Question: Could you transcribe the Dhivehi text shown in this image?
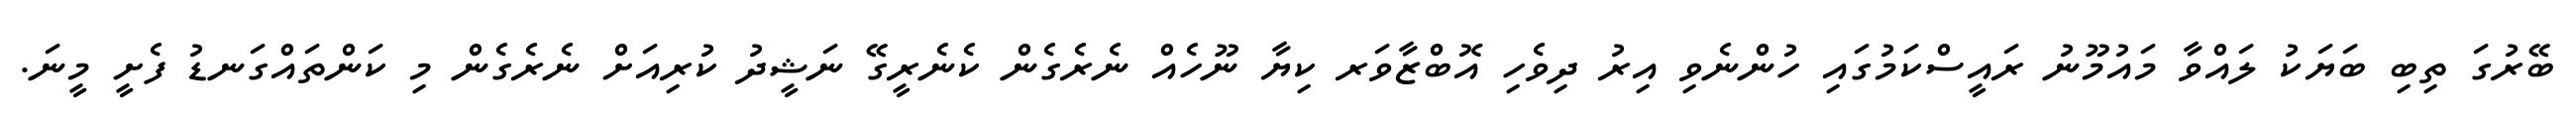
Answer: ބޭރުގަ ތިބި ބަޔަކު ލައްވާ މައުމޫނު ރައީސްކަމުގައި ހުންނެވި އިރު ދިވެހި އޮބްޒާވަރ ކިޔާ ނޫހެއް ނެރެގެން ކެނެރީގޭ ނަޝީދު ކުރިއަށް ނެރެގެން މި ކަންތައްގަނޑު ފެށީ މީނަ.